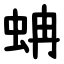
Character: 蚺